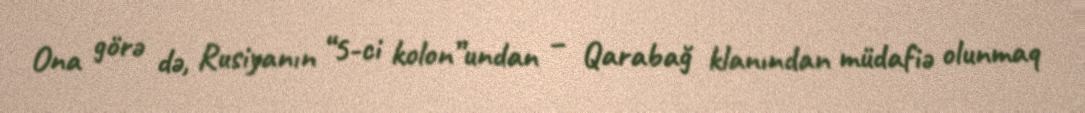
Ona görə də, Rusiyanın “5-ci kolon”undan – Qarabağ klanından müdafiə olunmaq